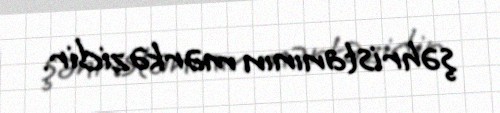
şəhristanının mərkəzidir.